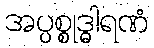
အပ္ပစ္စုဒ္ဓါရဏံ